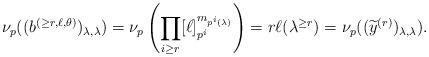
LaTeX: \begin{align*} \nu_p ((b^{(\ge r, \ell, \theta)})_{\lambda,\lambda}) = \nu_p \left( \prod_{i\ge r} [\ell]_{p^i}^{m_{p^i (\lambda)}} \right) =r \ell(\lambda^{\ge r}) = \nu_p ((\widetilde{y}^{(r)})_{\lambda,\lambda}).\end{align*}